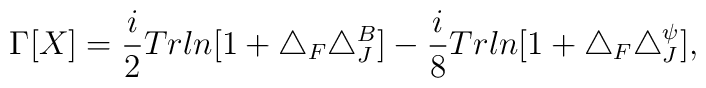
\Gamma[X]=\frac{i}{2}Trln[1+\triangle_F \triangle_J^B]-\frac{i}{8}Trln[1+\triangle_F \triangle_J^\psi],